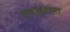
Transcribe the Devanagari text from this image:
चपळधाव